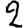
Digit: 2